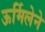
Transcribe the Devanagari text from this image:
ऊर्मिलेने